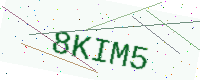
Text: 8KIM5